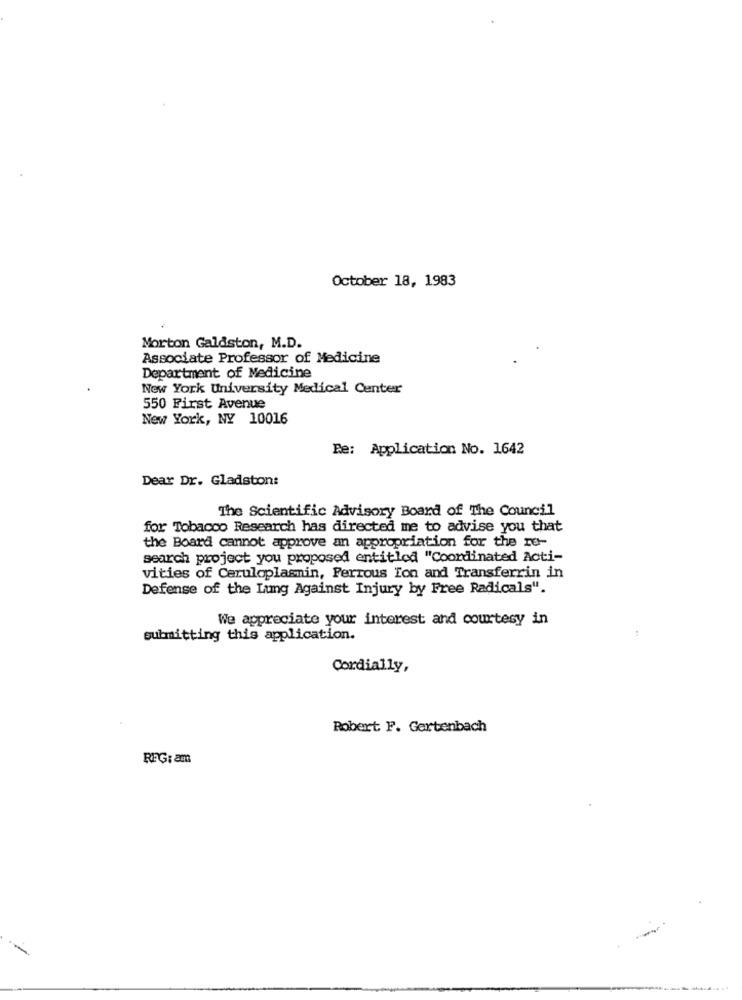
October 18, 1983
Morton Galdston, M.D.
Associate Professor of Medicine
Department of Medicine
New York University Medical Center
550 First Avenue
New York, NY 10016
Re: Application No. 1642
Dear Dr. Gladston:
The Scientific Advisory Board of The Council
for Tobacco Research has directed me to advise you that
the Board cannot approve an appropriation for the re-
search project you proposed entitled "Coordinated Acti-
vities of Ceruloplasmin, Ferrous Ion and Transferrin in
Defense of the Lung Against Injury by Free Radicals".
We appreciate your interest and courtesy in
submitting this application.
Cordially,
Robert F. Gertenbach
RFG: am